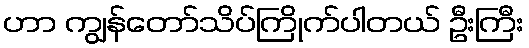
ဟာ ကျွန်တော်သိပ်ကြိုက်ပါတယ် ဦးကြီး